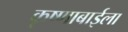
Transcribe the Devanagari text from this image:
कृष्णाबाईला